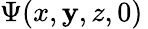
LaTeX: \Psi(x,\mathbf{y},z,0)\,